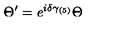
\Theta ^ { \prime } = e ^ { i \delta \gamma _ { ( 5 ) } } \Theta